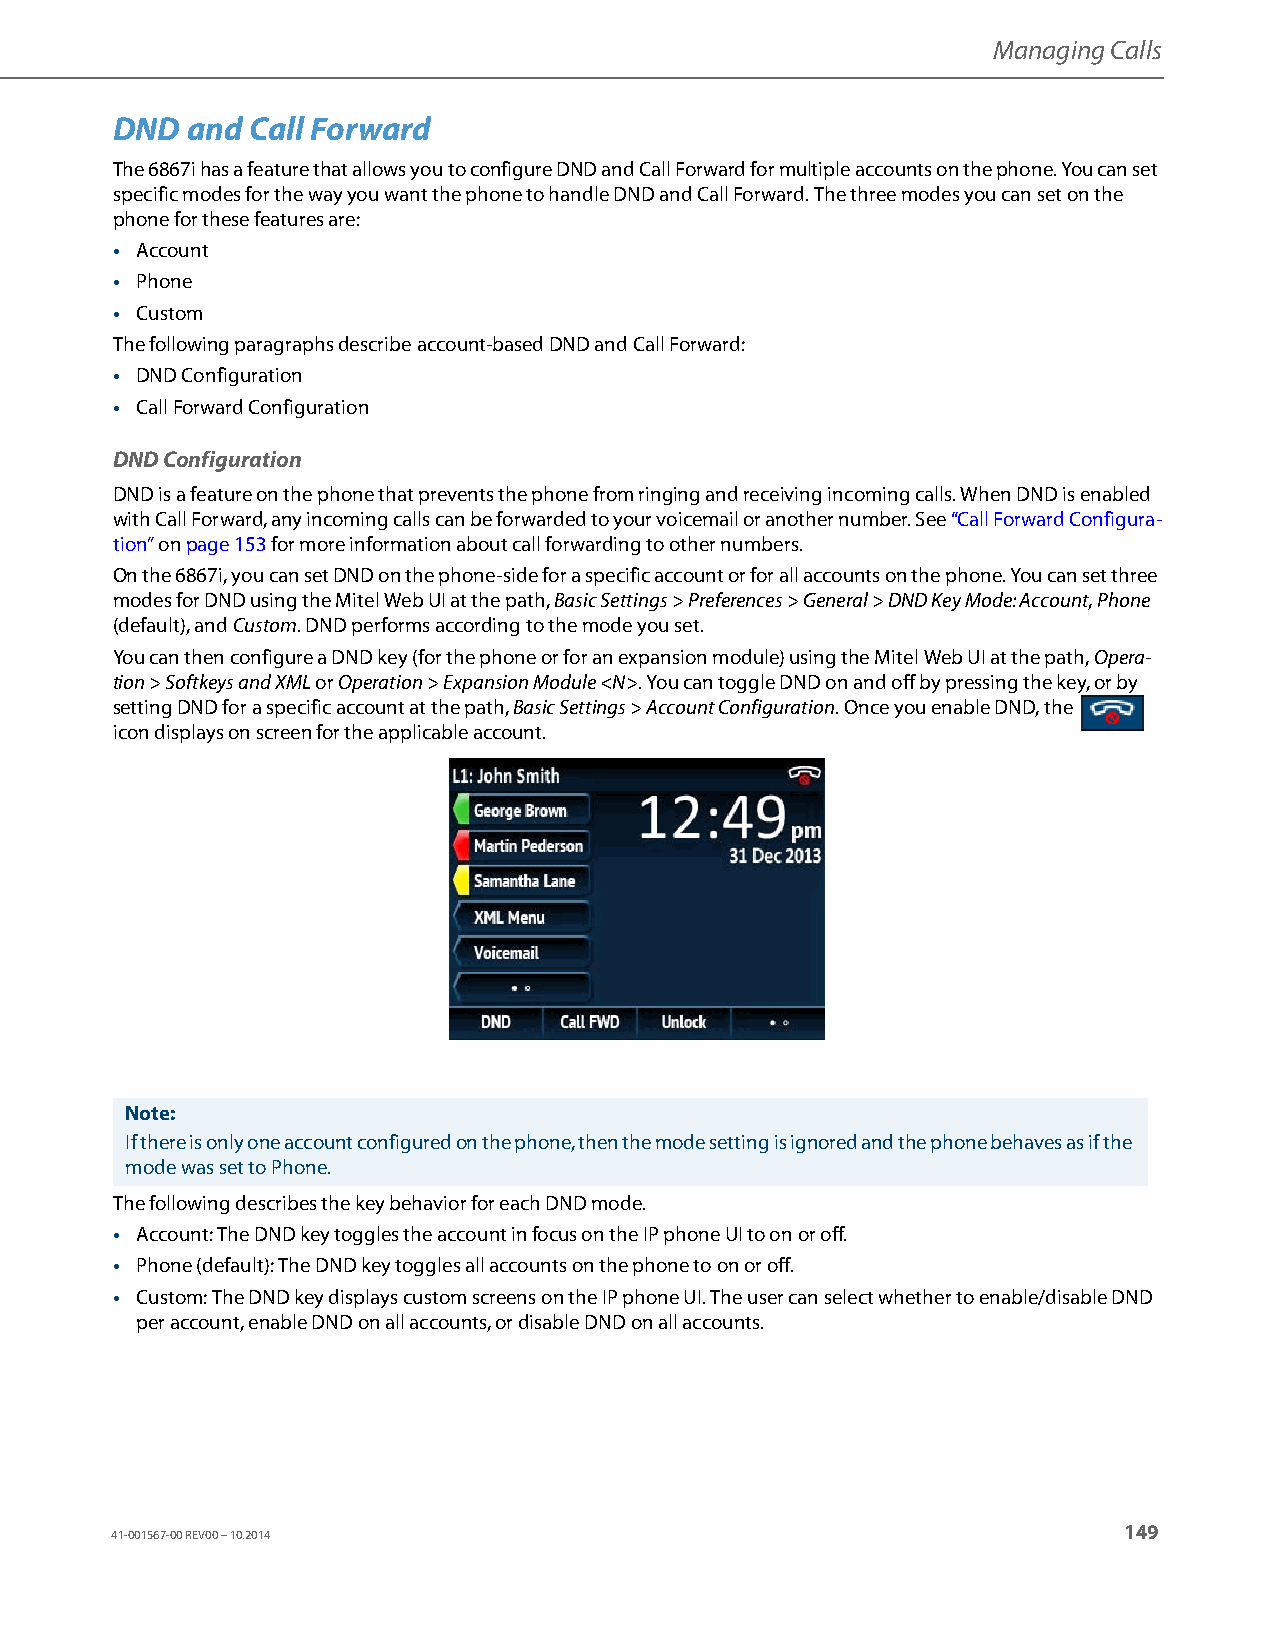
Managing Calls
 DND  and Call Forward
 The 6867i has a feature that allows you to configure DND and Call Forward for multiple accounts on the phone. You can set
 specific modes for the way you want the phone to handle DND and Call Forward. The three modes you can set on the
 phone for these features are:
 • Account
 • Phone
 • Custom
 The following paragraphs describe account-based DND and Call Forward:
 • DND Configuration
 • Call Forward Configuration
 DND Configuration
 DND is a feature on the phone that prevents the phone from ringing and receiving incoming calls. When DND is enabled
 with Call Forward, any incoming calls can be forwarded to your voicemail or another number. See “Call Forward Configura-
 tion” on page153 for more information about call forwarding to other numbers.
 On the 6867i, you can set DND on the phone-side for a specific account or for all accounts on the phone. You can set three
 modes for DND using the Mitel Web UI at the path, Basic Settings > Preferences > General > DND Key Mode: Account, Phone
 (default), and Custom. DND performs according to the mode you set.
 You can then configure a DND key (for the phone or for an expansion module) using the Mitel Web UI at the path, Opera-
 tion > Softkeys and XML or Operation > Expansion Module <N>. You can toggle DND on and off by pressing the key, or by
 setting DND for a specific account at the path, Basic Settings > Account Configuration. Once you enable DND, the
 icon displays on screen for the applicable account.
 Note:
 If there is only one account configured on the phone, then the mode setting is ignored and the phone behaves as if the
 mode was set to Phone.
 The following describes the key behavior for each DND mode.
 • Account: The DND key toggles the account in focus on the IP phone UI to on or off.
 • Phone (default): The DND key toggles all accounts on the phone to on or off.
 • Custom: The DND key displays custom screens on the IP phone UI. The user can select whether to enable/disable DND
 per account, enable DND on all accounts, or disable DND on all accounts.
 149
 41-001567-00 REV00 – 10.2014